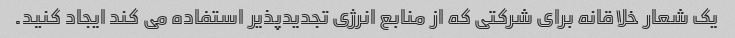
یک شعار خلاقانه برای شرکتی که از منابع انرژی تجدیدپذیر استفاده می کند ایجاد کنید.